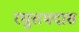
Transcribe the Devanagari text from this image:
रघुत्तमदास